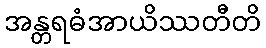
အန္တရဓံအာယိဿတီတိ